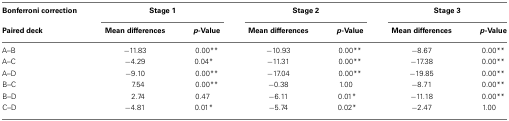
<table><thead><tr><td><b>Bonferroni correction</b></td><td colspan="2"><b>Stage 1</b></td><td colspan="2"><b>Stage 2</b></td><td colspan="2"><b>Stage 3</b></td></tr><tr><td><b>Paired deck</b></td><td><b>Mean differences</b></td><td><b><i>p</i>-Value</b></td><td><b>Mean differences</b></td><td><b><i>p</i>-Value</b></td><td><b>Mean differences</b></td><td><b><i>p</i>-Value</b></td></tr></thead><tbody><tr><td>A–B</td><td>−11.83</td><td>0.00**</td><td>−10.93</td><td>0.00**</td><td>−8.67</td><td>0.00**</td></tr><tr><td>A–C</td><td>−4.29</td><td>0.04*</td><td>−11.31</td><td>0.00**</td><td>−17.38</td><td>0.00**</td></tr><tr><td>A–D</td><td>−9.10</td><td>0.00**</td><td>−17.04</td><td>0.00**</td><td>−19.85</td><td>0.00**</td></tr><tr><td>B–C</td><td>7.54</td><td>0.00**</td><td>−0.38</td><td>1.00</td><td>−8.71</td><td>0.00**</td></tr><tr><td>B–D</td><td>2.74</td><td>0.47</td><td>−6.11</td><td>0.01*</td><td>−11.18</td><td>0.00**</td></tr><tr><td>C–D</td><td>−4.81</td><td>0.01*</td><td>−5.74</td><td>0.02*</td><td>−2.47</td><td>1.00</td></tr></tbody></table>